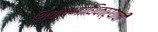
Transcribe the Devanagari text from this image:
शिक्षणाधिकाऱ्याची